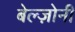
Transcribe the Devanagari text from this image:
बेल्ज़ोनी